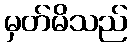
မှတ်မိသည်